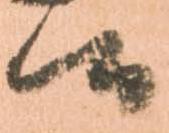
候